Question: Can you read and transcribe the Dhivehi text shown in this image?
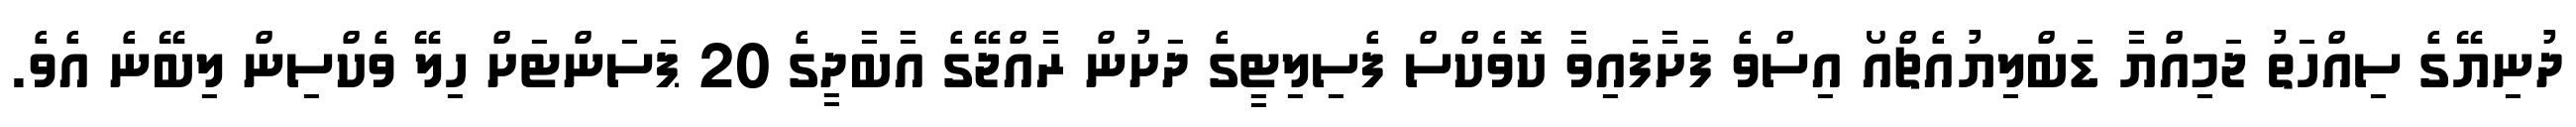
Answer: ދުނިޔޭގެ ސިއްހަތު ޖަމިއްޔާ ޑަބްލިޔުއެޗްއޯ އިސްވެ ފަށާފައިވާ ކޮވެކްސް ފެސިލިޓީގެ ދަށުން ރާއްޖޭގެ އާބާދީގެ 20 ޕަސަންޓަށް ހިލޭ ވެކްސިން ލިބޭނެ އެވެ.